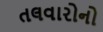
તલવારોનો